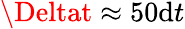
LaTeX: \Deltat\approx50\mathrm{d}t